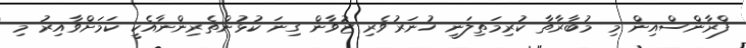
ފްރާންސްއިން މި މުބާރާތާ ކުރިމަތިލަނީ ހުނަރުވެރި ޒުވާން ގިނަ ކުޅުންތެރިންނާއެކީ ކަމަށްވާއިރު މި